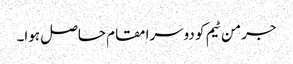
جرمن ٹیم کو دوسرا مقام حاصل ہوا۔